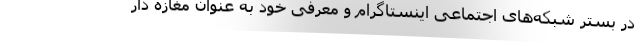
در بستر شبکه‌های اجتماعی اینستاگرام و معرفی خود به عنوان مغازه دار